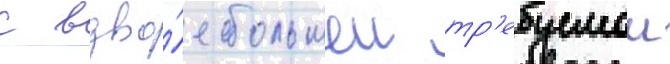
с вдво́е большеи тр'ебуемои